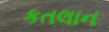
કતલાન